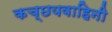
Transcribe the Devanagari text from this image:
कच्छयवाहिनी